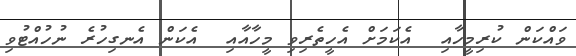
ވައްކަން ކުރިމީހާއި  އެކަމަށް އެހީތެރިވި މީހާއާއި  އެކަން އެނގިހުރެ ނުހުއްޓުވި